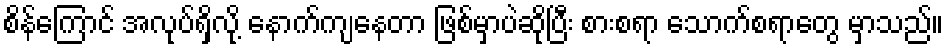
စိန်ကြောင် အလုပ်ရှိလို့ နောက်ကျနေတာ ဖြစ်မှာပဲဆိုပြီး စားစရာ သောက်စရာတွေ မှာသည်။